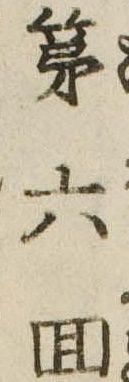
第六回